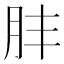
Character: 肨